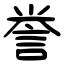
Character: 誉